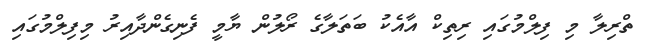
ތްރިލާ މި ފިލްމުގައި ރިތިކް އާއެކު ބަތަލާގެ ރޯލުން ޔާމީ ފެނިގެންދާއިރު މިފިލްމުގައި